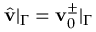
\hat { \mathbf { v } } | _ { \Gamma } = \mathbf { v } _ { 0 } ^ { \pm } | _ { \Gamma }